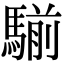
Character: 騚